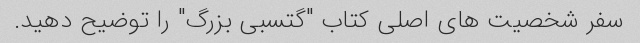
سفر شخصیت های اصلی کتاب "گتسبی بزرگ" را توضیح دهید.